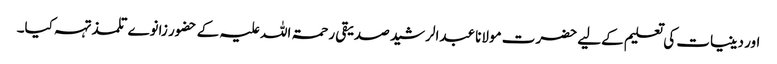
اور دینیات کی تعلیم کےلیے حضرت مولانا عبدالرشید صدیقی رحمۃ اللہ علیہ کے حضور زانوے تلمذ تہہ کیا۔